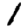
Digit: 1